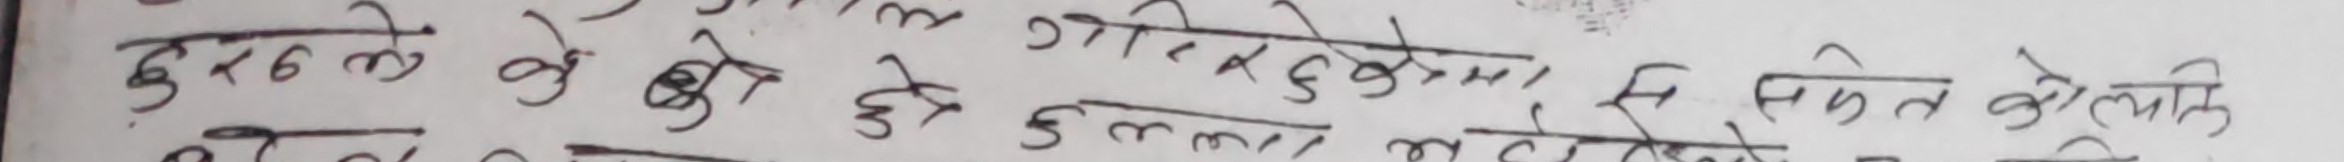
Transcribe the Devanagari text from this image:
दुराले वे के ही छलमा आईपुगेमा सै सुलन को टोलमा किनकि